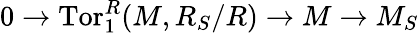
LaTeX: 0\to\operatorname{Tor}_{1}^{R}(M,R_{S}/R)\to M\to M_{S}